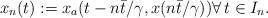
LaTeX: \begin{align*}x_n(t) :=x_a(t-n{\bar{t}}/{\gamma},x(n{\bar{t}}/{\gamma})) \forall \, t \in I_n.\end{align*}